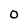
Character: O